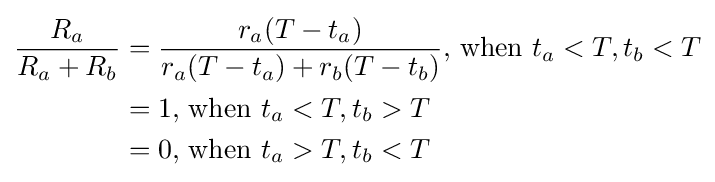
{\begin{aligned}{\frac {R_{a}}{R_{a}+R_{b}}}&={\frac {r_{a}(T-t_{a})}{r_{a}(T-t_{a})+r_{b}(T-t_{b})}}{\text{, when }}t_{a}<T,t_{b}<T\\&=1{\text{, when }}t_{a}<T,t_{b}>T\\&=0{\text{, when }}t_{a}>T,t_{b}<T\end{aligned}}